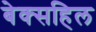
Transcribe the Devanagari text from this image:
बेक्सहिल